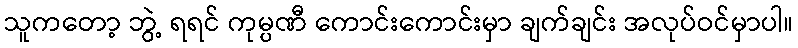
သူကတော့ ဘွဲ့ ရရင် ကုမ္ပဏီ ကောင်းကောင်းမှာ ချက်ချင်း အလုပ်ဝင်မှာပါ။